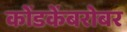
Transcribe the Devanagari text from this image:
कोंडकेंबरोबर